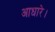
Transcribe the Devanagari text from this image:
आधारे।